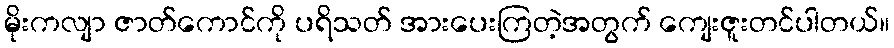
မိုးကလျာ ဇာတ်ကောင်ကို ပရိသတ် အားပေးကြတဲ့အတွက် ကျေးဇူးတင်ပါတယ်။